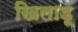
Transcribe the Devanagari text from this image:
खिलाडू